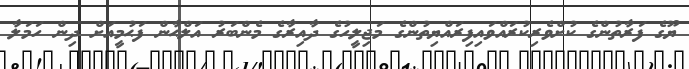
ޔޫގެ ފަރާތުންގެ ކުށްވެރިކުރައްވައިފިރައްޔިތުންގެ މަޖިލީހުގެ ދާއިރާގެ މެންބަރު އަލްޙާން ފަޙުމީއަށް ދިން ހަމަލާ